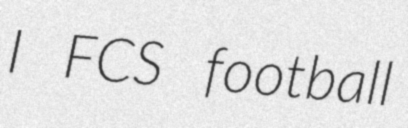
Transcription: I FCS football